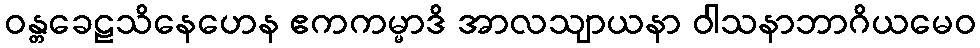
ဝန္တခေဠသိနေဟေန ဧကကမ္မာဒိ အာလသျာယနာ ဝါသနာဘာဂိယမေဝ